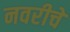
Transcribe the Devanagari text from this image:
नवरीचे